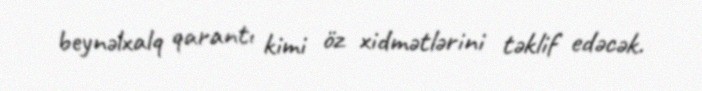
beynəlxalq qarantı kimi öz xidmətlərini təklif edəcək.